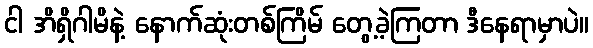
ငါ အိရှိဂါမိနဲ့ နောက်ဆုံးတစ်ကြိမ် တွေ့ခဲ့ကြတာ ဒီနေရာမှာပဲ။